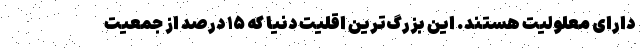
دارای معلولیت هستند. این بزرگ‌ترین اقلیت دنیا که ۱۵ درصد از جمعیت